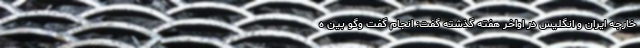
خارجه ایران و انگلیس در اواخر هفته گذشته گفت: انجام گفت وگو بین ه